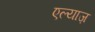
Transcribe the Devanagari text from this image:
एल्याज़